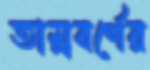
তাম্রবর্ণের